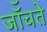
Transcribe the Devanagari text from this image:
जॉँचते